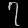
Digit: ၇